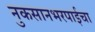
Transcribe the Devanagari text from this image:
नुकसानभरपाईचा